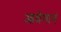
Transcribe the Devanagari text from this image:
आवेगानं